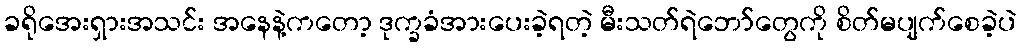
ခရိုအေးရှားအသင်း အနေနဲ့ကတော့ ဒုက္ခခံအားပေးခဲ့ရတဲ့ မီးသတ်ရဲဘော်တွေကို စိတ်မပျက်စေခဲ့ပဲ